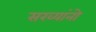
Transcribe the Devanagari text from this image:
सख्यांनो